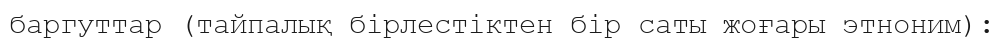
баргуттар (тайпалық бірлестіктен бір саты жоғары этноним):